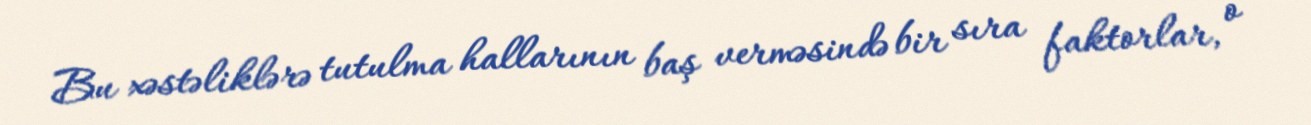
Bu xəstəliklərə tutulma hallarının baş verməsində bir sıra faktorlar, o